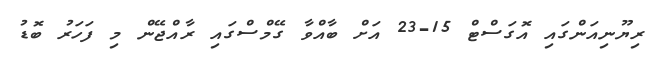
ރިޔޫނިއަންގައި އޮގަސްޓް 15-23 އަށް ބާއްވާ ގޭމްސްގައި ރާއްޖޭން މި ފަހަރު ބޮޑު